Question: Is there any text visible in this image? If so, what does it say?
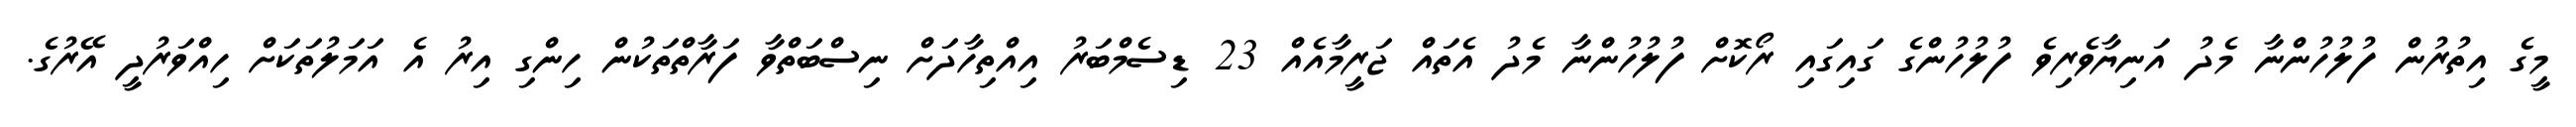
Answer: މީގެ އިތުރުން ފުލުހުންނާ މެދު އަނިޔާވެރިވެ ފުލުހުންގެ ގައިގައި ރޯކޮށް ފުލުހުންނާ މެދު އެތައް ޖަރީމާއެއް 23 ޑިސެމްބަރު އިއްތިހާދަށް ނިސްބަތްވާ ފަރާތްތަކުން ހިންގި އިރު އެ އަމަލުތަކަށް ހިއްވަރުދީ އޭރުގެ.